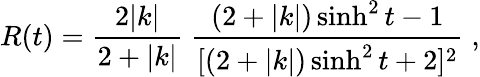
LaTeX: R(t)=\frac{2|k|}{2+|k|}\; \frac{(2+|k|)\sinh^{2}t-1}{[(2+|k|)\sinh^{2}t+2]^{2}}\; ,